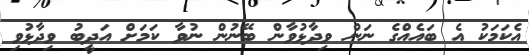
އެކަމަކު އެ ބައެއްގެ ނަން ވިދާޅުވާން ބޭނުން ނުވާ ކަމަށް އަދީބު ވިދާޅުވި